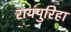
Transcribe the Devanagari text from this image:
रायपुरिहा